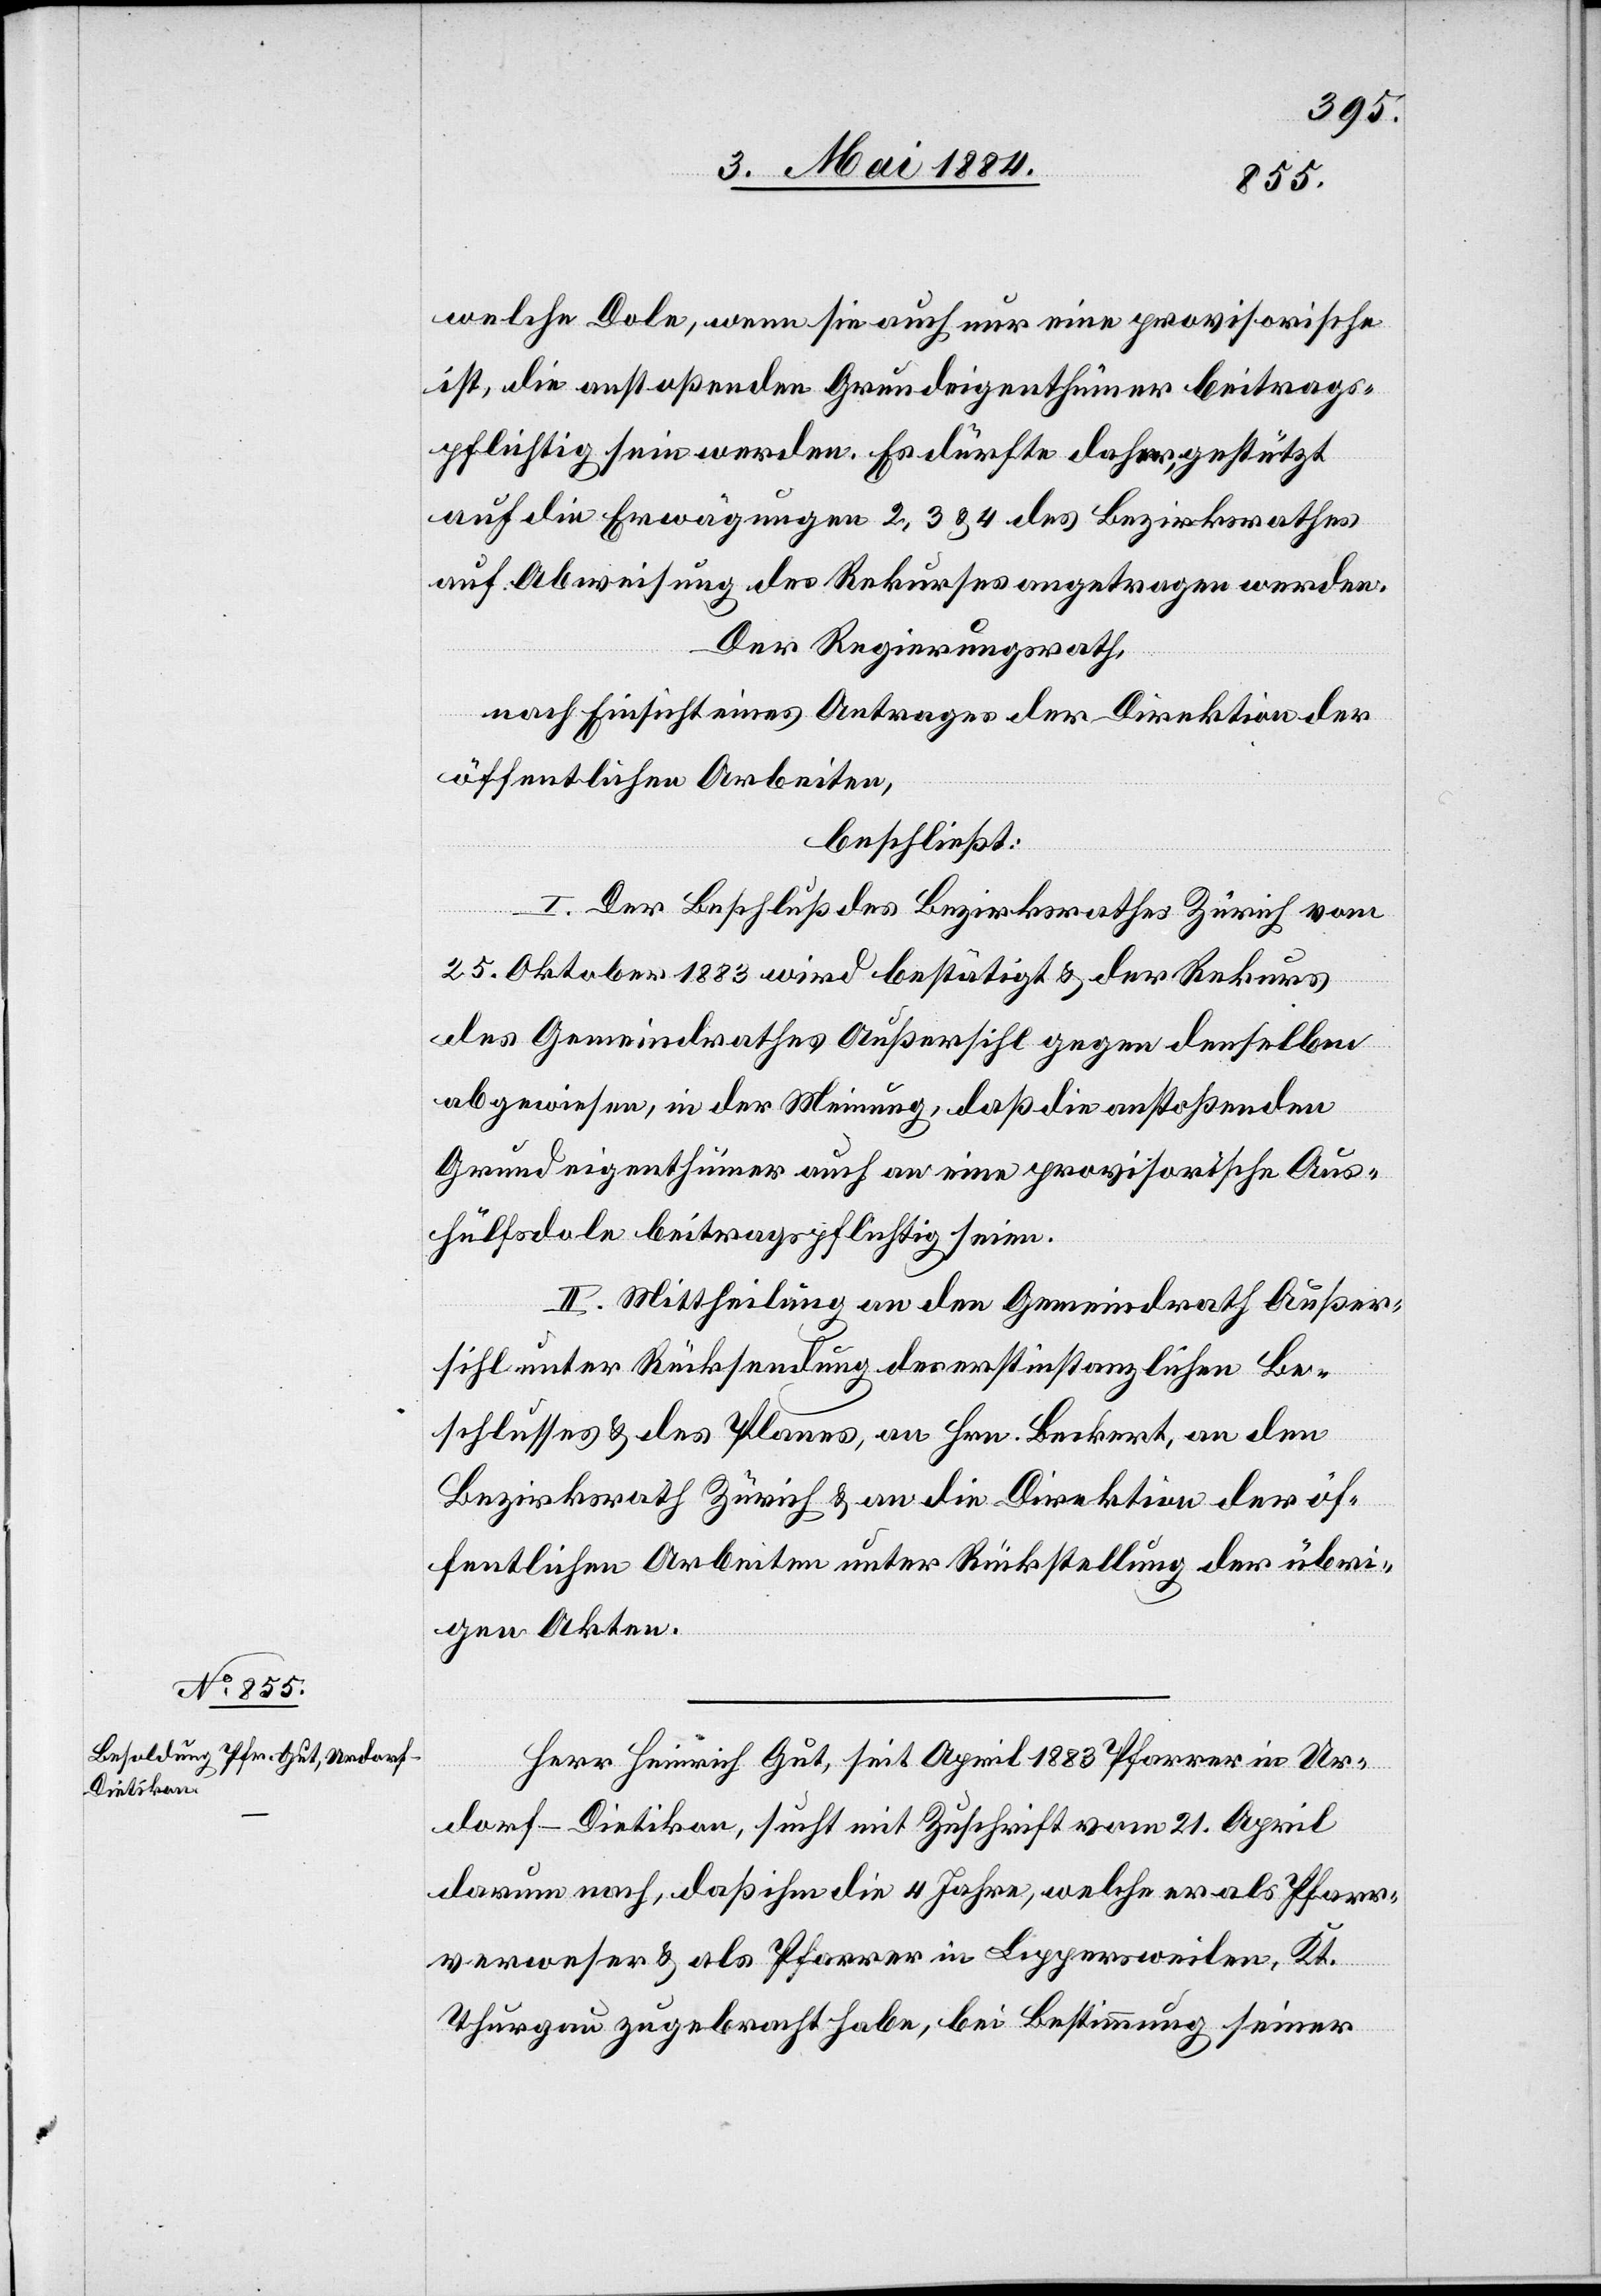
welche Dole, wenn sie auch nur eine provisorische
ist, die anstoßenden Grundeigenthümer beitrags¬
pflichtig sein werden. Es dürfte daher, gestützt
auf die Erwägungen 2, 3 & 4 des Bezirksrathes
auf Abweisung des Rekurses angetragen werden.
Der Regierungsrath,
nach Einsicht eines Antrages der Direktion der
öffentlichen Arbeiten,
beschließt:
I. Der Beschluß des Bezirksrathes Zürich vom
25. Oktober 1883 wird bestätigt & der Rekurs
des Gemeindrathes Außersihl gegen denselben
abgewiesen, in der Meinung, daß die anstoßenden
Grundeigenthümer auch an eine provisorische Aus¬
hülfsdole beitragspflichtig seien.
II. Mittheilung an den Gemeindrath Außer¬
sihl unter Rücksendung des erstinstanzlichen Be¬
schlusses & des Planes, an Hrn. Beckert, an den
Bezirksrath Zürich & an die Direktion der öf¬
fentlichen Arbeiten unter Rückstellung der übri¬
gen Akten.
Herr Heinrich Gut, seit April 1883 Pfarrer in Ur¬
dorf - Dietikon, sucht mit Zuschrift vom 21. April
darum nach, daß ihm die 4 Jahre, welche er als Pfarr¬
verweser & als Pfarrer in Lippersweilen, Kt.
Thurgau zugebracht habe, bei Bestimmung seiner